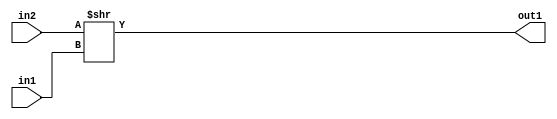
`timescale 1ps / 1ps
/*****************************************************************************
    Verilog RTL Description
    
    
    Created by: CellMath Designer 2019.1.01 
*******************************************************************************/

module float2fix_RightShift_32Ux5U_32U_1 (
	in2,
	in1,
	out1
	); /* architecture "behavioural" */ 
input [31:0] in2;
input [4:0] in1;
output [31:0] out1;
wire [31:0] asc001;

assign asc001 = in2 >> in1;

assign out1 = asc001;
endmodule

/* CADENCE  ubLwTg4= : u9/ySgnWtBlWxVPRXgAZ4Og= ** DO NOT EDIT THIS LINE ******/